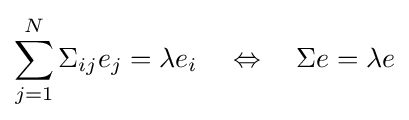
\sum _{j=1}^{N}\Sigma _{ij}e_{j}=\lambda e_{i}\quad \Leftrightarrow \quad \Sigma e=\lambda e